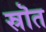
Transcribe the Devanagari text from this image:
स्रॊत